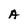
Character: A